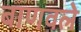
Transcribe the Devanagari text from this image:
बाणवले